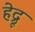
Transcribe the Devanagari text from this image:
हेद्रू